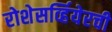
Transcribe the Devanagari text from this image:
रोशेसर्व्हियेरची